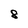
Character: 8